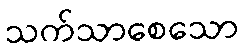
သက်သာစေသော